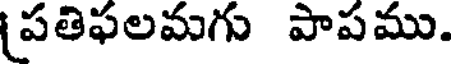
పతిఫలమగు పాపము.